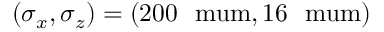
( \sigma _ { x } , \sigma _ { z } ) = ( 2 0 0 ~ \mathrm { \ m u m } , 1 6 ~ \mathrm { \ m u m } )